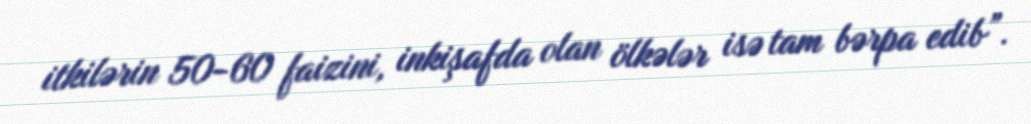
itkilərin 50-60 faizini, inkişafda olan ölkələr isə tam bərpa edib”.